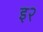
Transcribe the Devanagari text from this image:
इ२